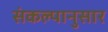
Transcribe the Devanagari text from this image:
संकल्पानुसार